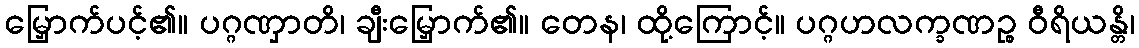
မြှောက်ပင့်၏။ ပဂ္ဂဏှာတိ၊ ချီးမြှောက်၏။ တေန၊ ထို့ကြောင့်။ ပဂ္ဂဟလက္ခဏဉ္စ ဝီရိယန္တိ၊